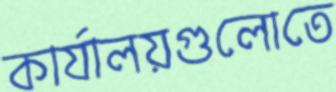
কার্যালয়গুলোতে